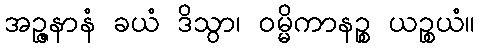
အဉ္ဇနာနံ ခယံ ဒိသွာ၊ ဝမ္မိကာနဉ္စ ယဉ္စယံ။